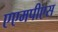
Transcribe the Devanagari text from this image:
एएमपीएस